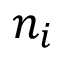
n _ { i }